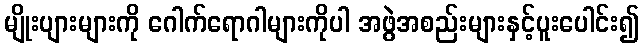
မျိုးပျားများကို ဂေါက်ရောဂါများကိုပါ အဖွဲအစည်းများနှင့်ပူးပေါင်း၍